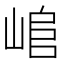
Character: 𡸬